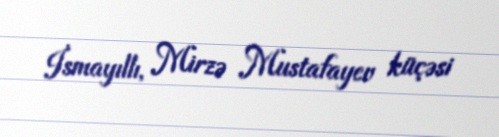
İsmayıllı, Mirzə Mustafayev küçəsi